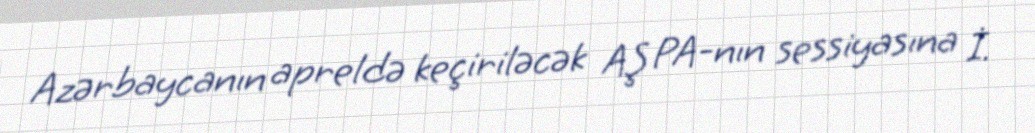
Azərbaycanın apreldə keçiriləcək AŞ PA-nın sessiyasına İ.